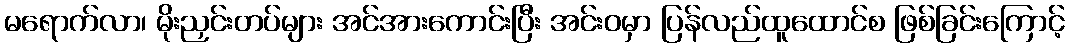
မရောက်လာ၊ မိုးညှင်းတပ်များ အင်အားကောင်းပြီး အင်းဝမှာ ပြန်လည်ထူထောင်စ ဖြစ်ခြင်းကြောင့်